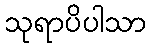
သုရာပိပါသာ